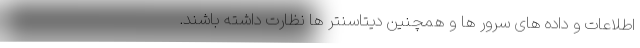
اطلاعات و داده های سرور ها و همچنین دیتاسنتر ها نظارت داشته باشند.